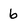
Character: b